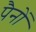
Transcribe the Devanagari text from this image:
पैनों